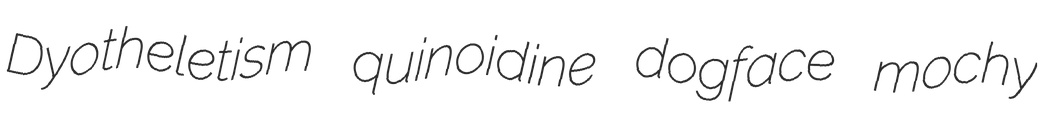
Dyotheletism quinoidine dogface mochy